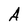
Character: A